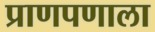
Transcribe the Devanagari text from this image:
प्राणपणाला